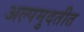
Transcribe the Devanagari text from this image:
अल्पमुदतीत